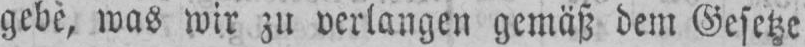
gebè, was wir zu verlangen gemäß dem Gesetze